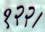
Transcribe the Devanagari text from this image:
१२२।